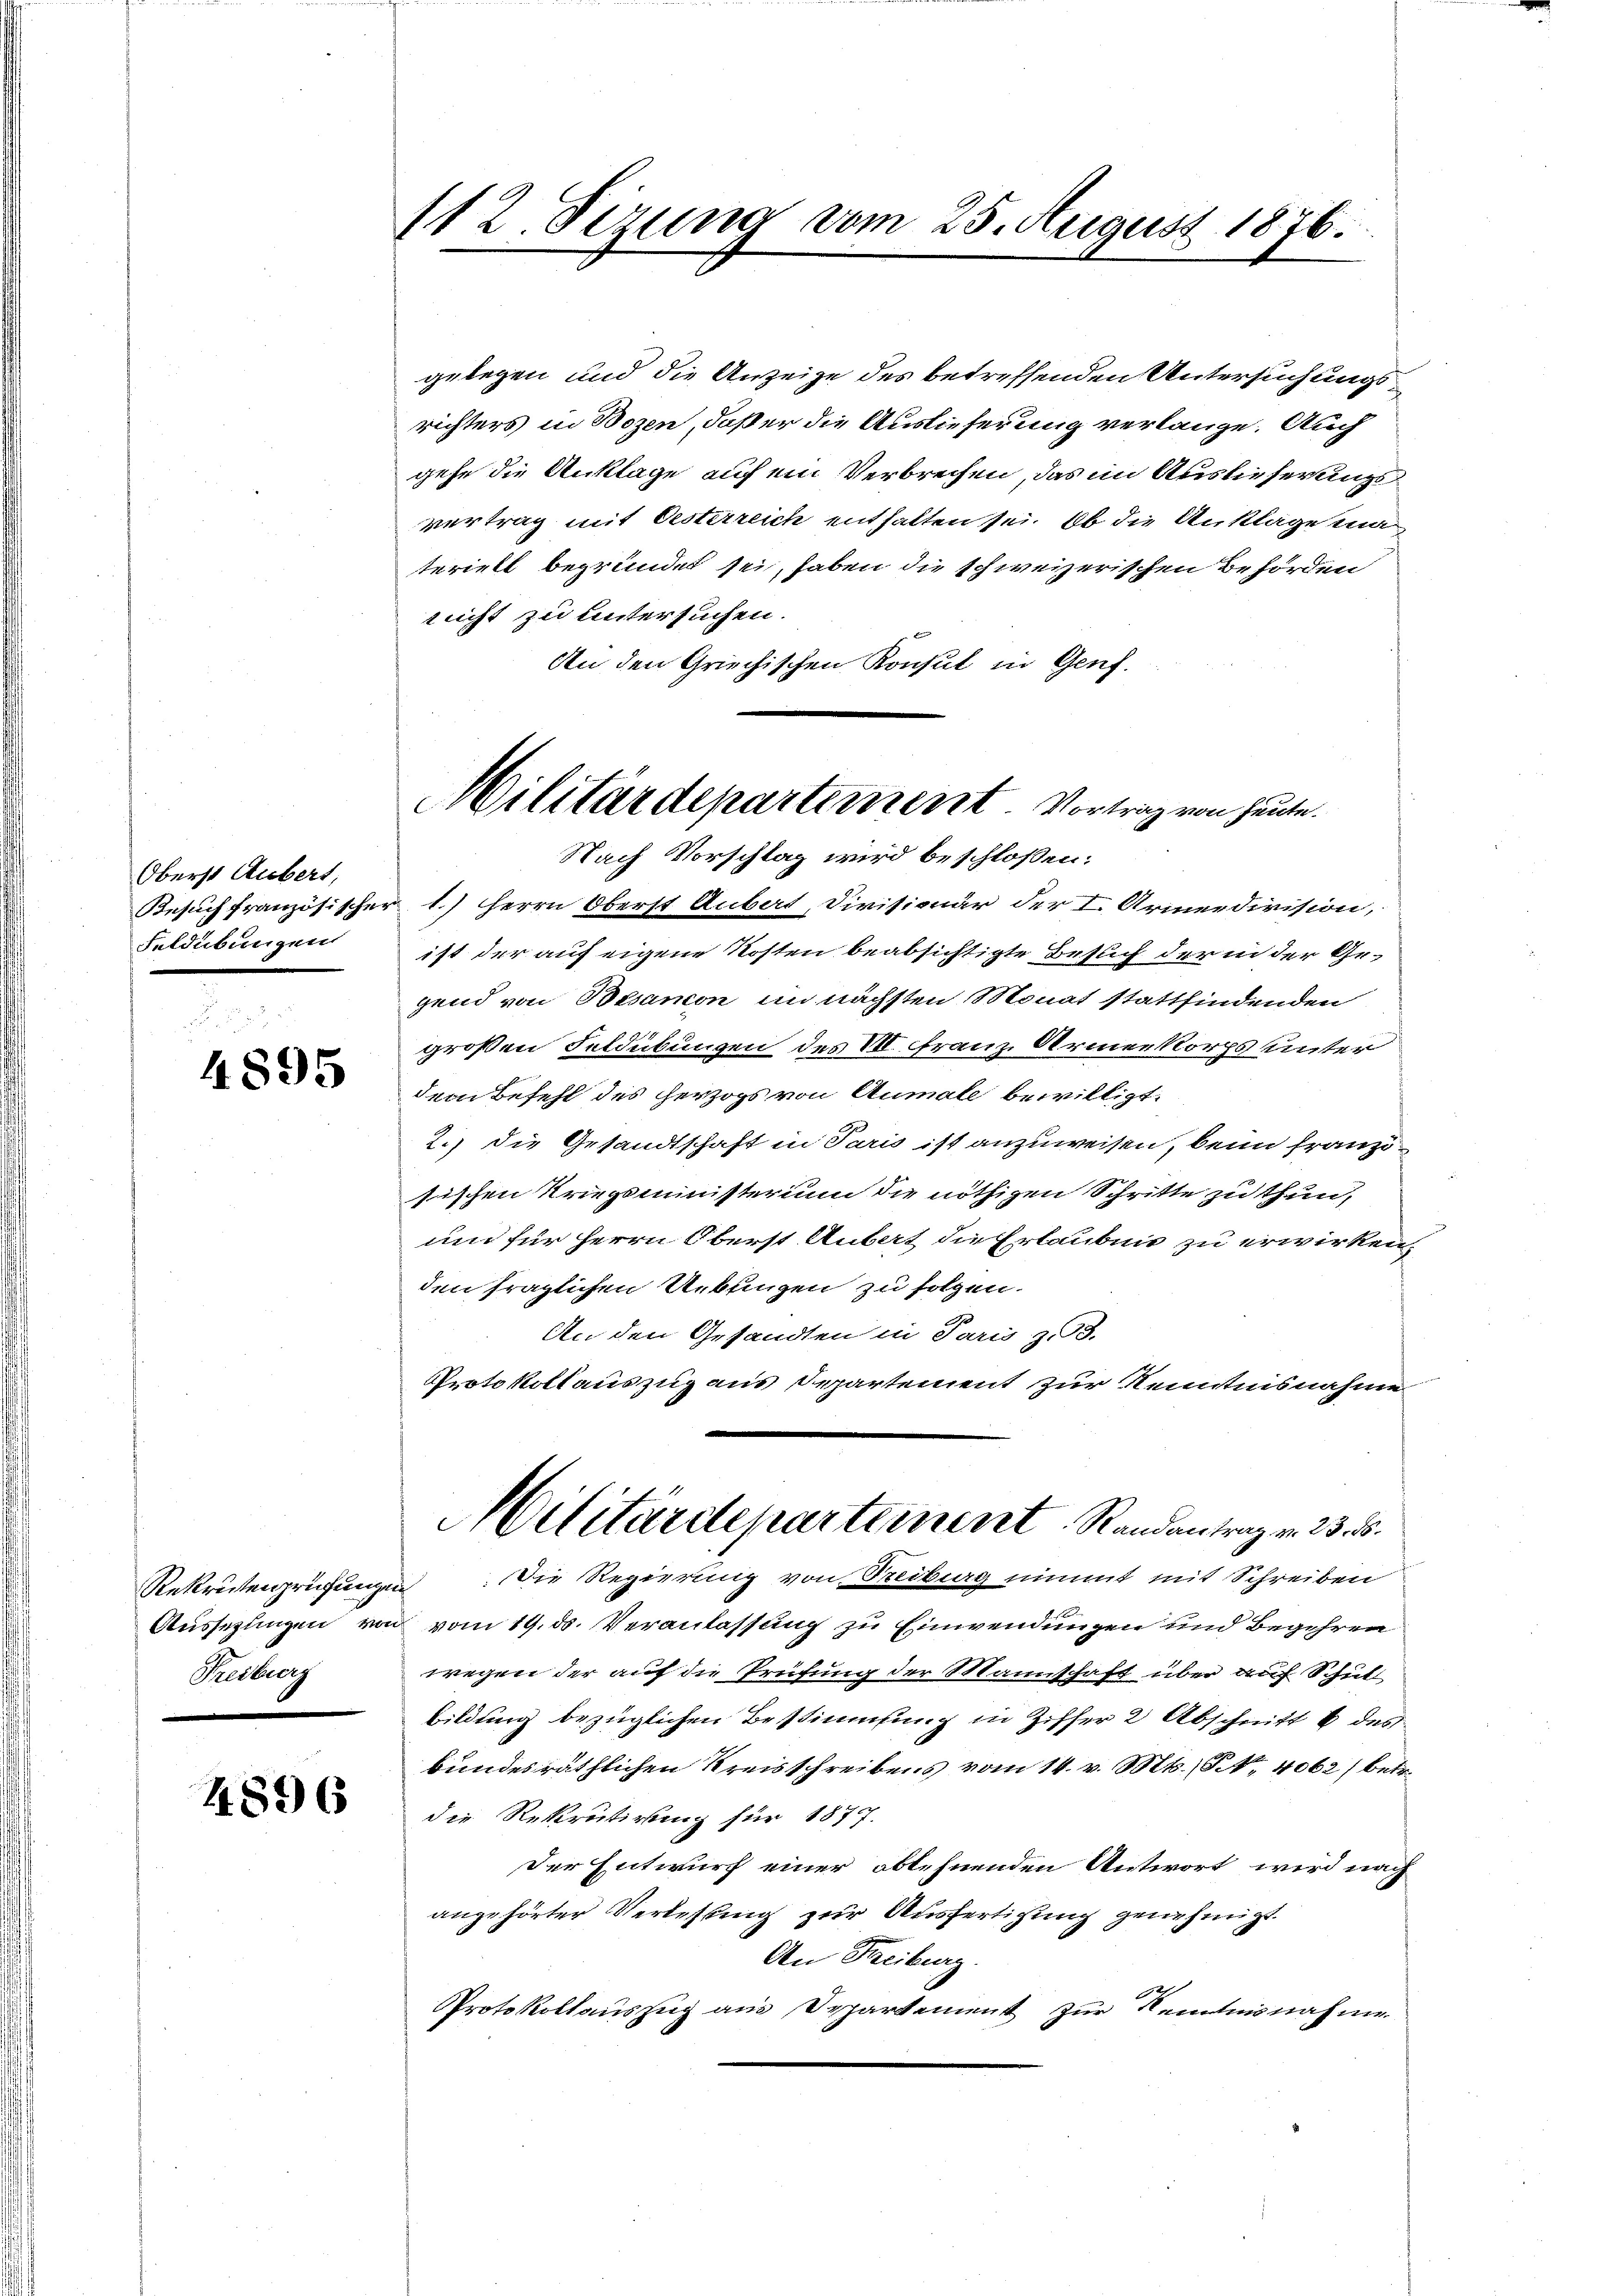
Oberst Aubert,
Besuch französischer
Fuldübungen

4895

Freiburg

4896

112. Sizung vom 25. August 1876.

Militärdepartement. Vortrag von heute.

gelegen und die Anzeige des betreffenden Untersuchungsrichters in Bozen, daß er die Auslieferung verlange. Auch
gehe die Anklage auf ein Verbrechen, das im Auslieferungsvertrag mit Oesterreich enthalten sei. Ob die Anklage materiell begründet sei, haben die schweizerischen Behörden
nicht zu untersuchen.
An den Griechischen Konsul in Genf.
Nach Vorschlag wird beschlossen:
1.) Herrn Oberst Aubert, Divisionär der I. Armeedivision,
ist der auf eigene Kosten beabsichtigte Besuch der in der Gegend von Besamon im nächsten Monat stattfindenden
großen Feldübungen des III. Franz Armeekorps unter
dem Befehl des herzogs von Anmale bewilligt.
2.) Die Gesandtschaft in Paris ist anzuweisen, beim franzötischen Kriegsministerium die nöthigen Schritte zu thun,
und für Herrn Oberst Anbart die Erlaubnis zu erwirken,
den fraglichen Ueblingen zu folgen.
An den Gesandten in Paris z. B.
Protokollauszug aus Departement zur Kenntnisnahme
Militärdepartement, Randantrag v. 23. ds.
Rekrutenprüfungen: Die Regierung von Treiburg nimmt mit Schreiben
Aussezlingen von vom 19. ds. Veranlassung zu Einwendungen und Begehren
wegen der auf die Prüfung der Mannschaft über auf Schul
bildung bezüglichen Bestimmung in Ziffer 2 Abschnitt 6 des
bundesräthlichen Kreisschreibens vom 14. v. Mts., § 4062) betr.
die Rekrutirung für 1877.
Der Entwurf einer ablehnenden Antwort, wird nach
angehörter Verlesung zur Ausfertigung genehmigt.
An Freiburg.
Protokollauszug aus Departement zur Kenntnisnahme